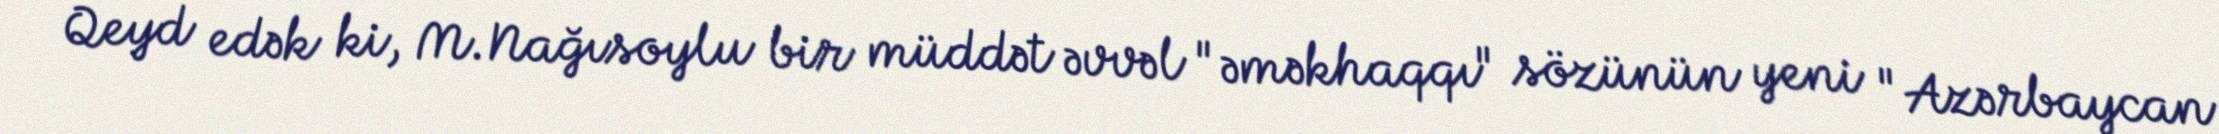
Qeyd edək ki, M.Nağısoylu bir müddət əvvəl "əməkhaqqı" sözünün yeni "Azərbaycan